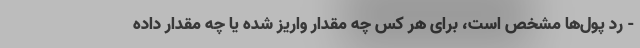
- رد پول‌ها مشخص است، برای هر کس چه مقدار واریز شده یا چه مقدار داده